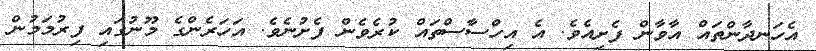
އެހަނދާންތައް އާވާން ފެށިއެވެ. އެ އިހްސާސްތައް ކުރެވެން ފެށުނެވެ. އަހަރެންގެ މޫނުގައި ފިރުމަމުން